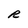
Character: R